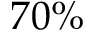
7 0 \%